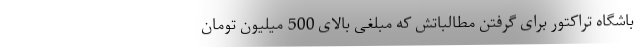
باشگاه تراکتور برای گرفتن مطالباتش که مبلغی بالای 500 میلیون تومان